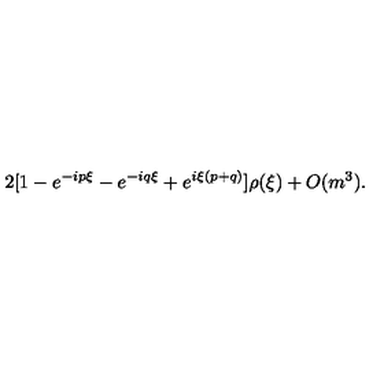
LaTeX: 2 [ 1 - e ^ { - i p \xi } - e ^ { - i q \xi } + e ^ { i \xi ( p + q ) } ] \rho ( \xi ) + O ( m ^ { 3 } ) .